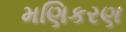
મણિકરણ